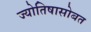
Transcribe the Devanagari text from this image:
ज्योतिषासोबत